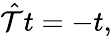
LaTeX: \begin{array}{r}{\hat{\mathcal T}t=-t,}\end{array}